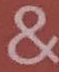
&